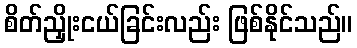
စိတ်ညှိုးငယ်ခြင်းလည်း ဖြစ်နိုင်သည်။